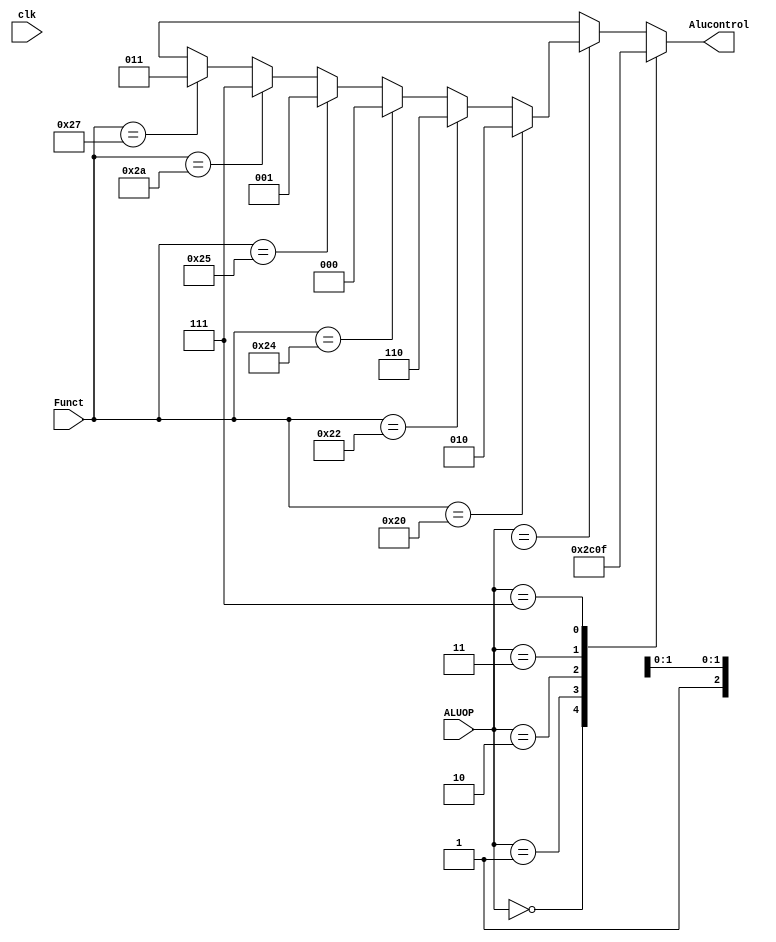
module ALUCONTROL(clk, ALUOP, Funct, Alucontrol);
input clk;
input [2:0] ALUOP;
input [5:0] Funct;
output reg [2:0] Alucontrol;
  always@(ALUOP)
  begin
	  begin
	  Alucontrol = 3'bxxx;
	  end
      case(ALUOP)
	    3'b000:
		  begin
		    Alucontrol <= 3'b010;
	      end
        3'b001:
          begin
            Alucontrol <= 3'b110;
          end
		 3'b010:
          begin
            Alucontrol <= 3'b000;
          end
		  3'b011:
          begin
            Alucontrol <= 3'b001;
          end
		  3'b111:
          begin
            Alucontrol <= 3'b111;
          end
		  
		3'b1xx:
          begin
            if(Funct == 6'b100000)
              begin
                Alucontrol <= 3'b010;			  
	          end
			else if(Funct == 6'b100010)
	          begin
	            Alucontrol <= 3'b110;
			  end
			else if(Funct == 6'b100100)
			  begin
			    Alucontrol <= 3'b000;
			  end
			else if(Funct == 6'b100101)
			  begin
			    Alucontrol <= 3'b001;
			  end
			else if(Funct == 6'b101010)
			  begin
			    Alucontrol <= 3'b111;
			  end
			else if(Funct == 6'b100111)
			  begin
				Alucontrol <= 3'b011;
			  end
		   end
	  endcase
  end 
endmodule